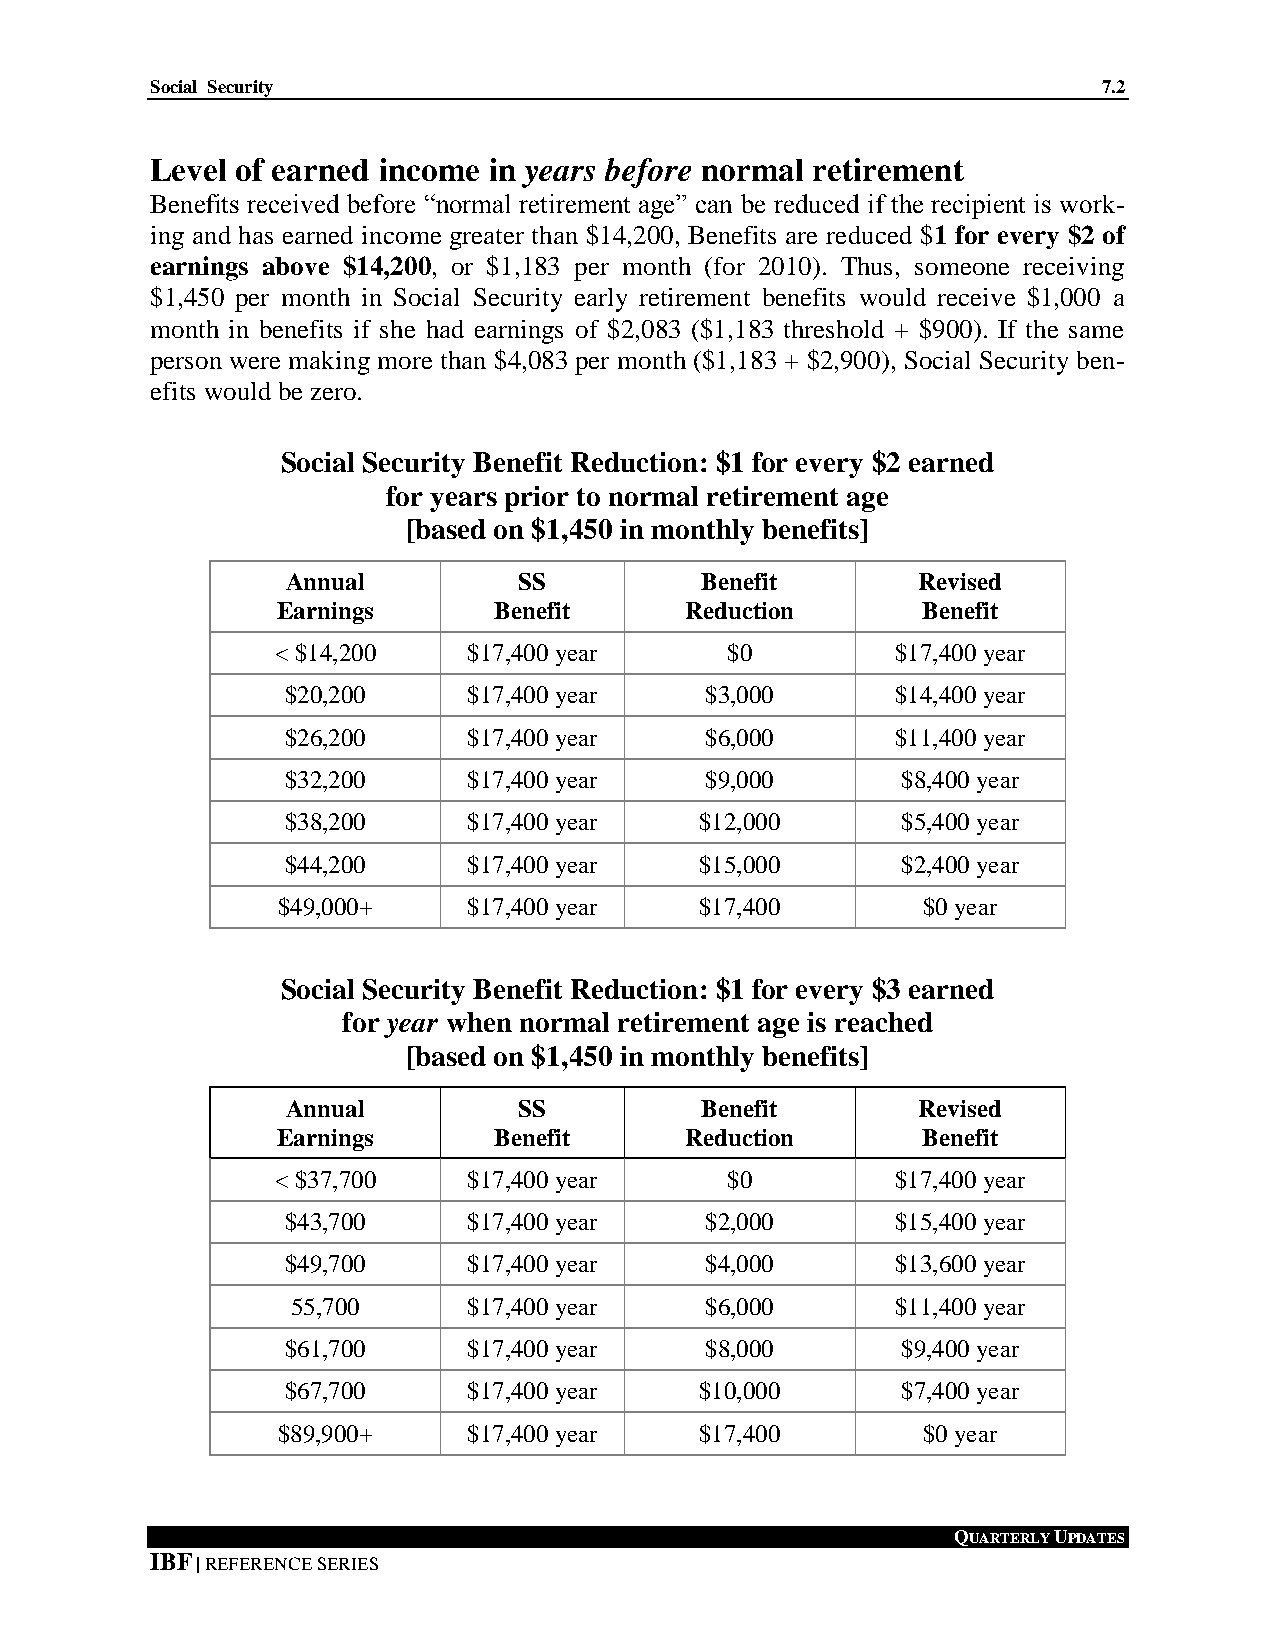
Social Security                                                7.2
 Level of earned income in years before normal retirement
 Benefits received before “normal retirement age” can be reduced if the recipient is work-
 ing and has earned income greater than $14,200, Benefits are reduced $1 for every $2 of
 earnings above $14,200, or $1,183 per month (for 2010). Thus, someone receiving
 $1,450 per month in Social Security early retirement benefits would receive $1,000 a
 month in benefits if she had earnings of $2,083 ($1,183 threshold + $900). If the same
 person were making more than $4,083 per month ($1,183 + $2,900), Social Security ben-
 efits would be zero.
 Social Security Benefit Reduction: $1 for every $2 earned
 for years prior to normal retirement age
 [based on $1,450 in monthly benefits]
 Annual         SS          Benefit        Revised
 Earnings       Benefit     Reduction       Benefit
 < $14,200    $17,400 year     $0         $17,400 year
 $20,200     $17,400 year    $3,000      $14,400 year
 $26,200     $17,400 year    $6,000      $11,400 year
 $32,200     $17,400 year    $9,000       $8,400 year
 $38,200     $17,400 year   $12,000       $5,400 year
 $44,200     $17,400 year   $15,000       $2,400 year
 $49,000+     $17,400 year   $17,400        $0 year
 Social Security Benefit Reduction: $1 for every $3 earned
 for year when normal retirement age is reached
 [based on $1,450 in monthly benefits]
 Annual         SS          Benefit        Revised
 Earnings       Benefit     Reduction       Benefit
 < $37,700    $17,400 year     $0         $17,400 year
 $43,700     $17,400 year    $2,000      $15,400 year
 $49,700     $17,400 year    $4,000      $13,600 year
 55,700      $17,400 year    $6,000      $11,400 year
 $61,700     $17,400 year    $8,000       $9,400 year
 $67,700     $17,400 year   $10,000       $7,400 year
 $89,900+     $17,400 year   $17,400        $0 year
 QUARTERLY UPDATES
 IBF | REFERENCE SERIES